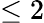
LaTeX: \le 2